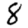
Digit: 8